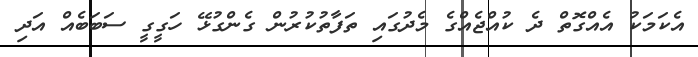
އެކަމަކު އެއްގޮތް ދެ ކުއްޖެއްގެ މެދުގައި ތަފާތުކުރުން ގެންގުޅޭ ހަގީގީ ސަބަބެއް އަދި